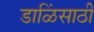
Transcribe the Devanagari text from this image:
डाळिंसाठी